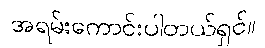
အရမ်းကောင်းပါတယ်ရှင်။